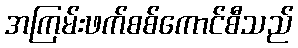
အကြမ်းဖက်စစ်ကောင်စီသည်